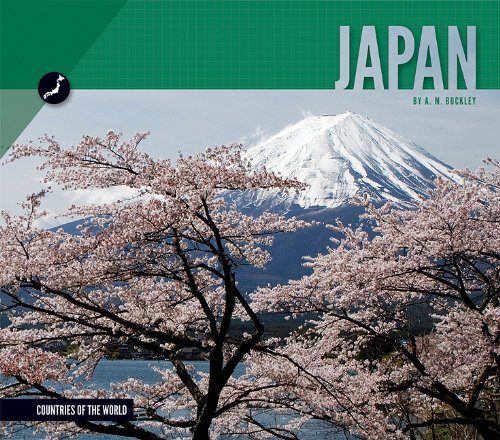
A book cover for Japan (Countries of the World); A. M. Buckley; Children's Books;